Civil Veterinary Department. Central Provinces & Berar 1925-31 - 1925-1931
Year: 1925
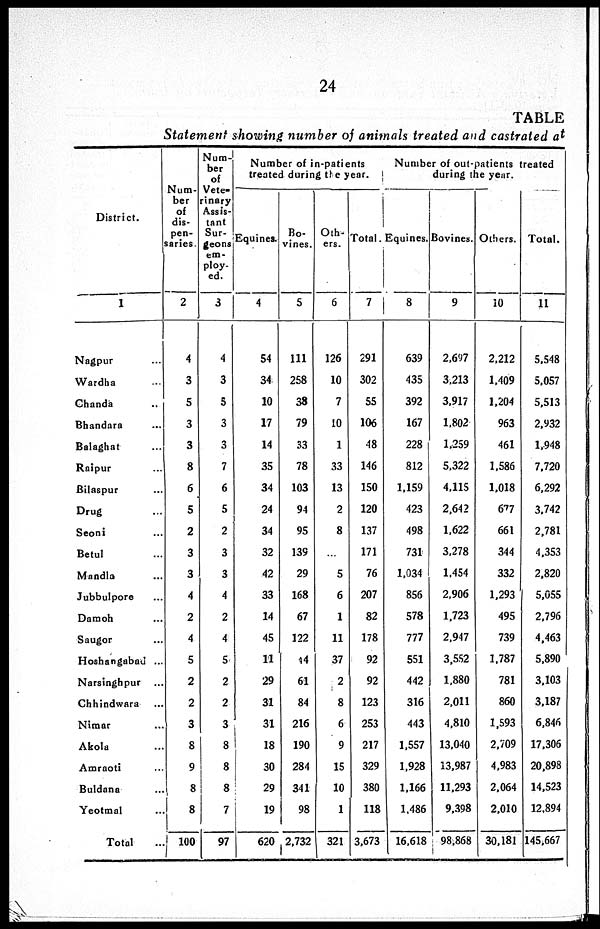
24
TABLE
Statement showing number of animals treated and castrated at
District.
1
Nagpur ..
Wardha ..
Chanda ..
Bhandara ..
Balaghat ..
Raipur ..
Bilaspur ..
Drug ..
Seoni ..
Betul ..
Mandla ..
Jubbulpore ..
Damoh ..
Saugor ..
Hoshangabad ...
Narsinghpur ..
Chhindwara ..
Nimar ..
Akola ..
Amraoti ..
Buldana ..
Yeotmal ..
Total ..
Num-
ber
of
dis-
pen-
saries.
2
4
3
5
3
3
8
6
5
2
3
3
4
2
4
5
2
2
3
8
9
8
8
100
Num-
ber
of
Vete-
rinary
Assis-
tant
Sur-
geons
em-
ploy-
ed.
3
4
3
5
3
3
7
6
5
2
3
3
4
2
4
5
2
2
3
8
8
8
7
97
Number of in-patients
treated during the year.
Equines.
4
54
34
10
17
14
35
34
24
34
32
42
33
14
45
11
29
31
31
18
30
29
19
620
Bo-
vines.
5
111
258
38
79
33
78
103
94
95
139
29
168
67
122
14
61
84
216
190
284
341
98
2,732
Oth-
ers.
6
126
10
7
10
1
33
13
2
8
...
5
6
1
11
37
2
8
6
9
15
10
1
321
Total.
7
291
302
55
106
48
146
150
120
137
171
76
207
82
178
92
92
123
253
217
329
380
118
3,673
Number of out-patients treated
during the year.
Equines.
8
639
435
392
167
228
812
1,159
423
498
731
1,034
856
578
777
551
442
316
443
1,557
1,928
1,166
1,486
16,618
Bovines.
9
2,697
3,213
3,917
1,802
1,259
5,322
4,115
2,642
1,622
3,278
1,454
2,906
1,723
2,947
3,552
1.880
2,011
4,810
13,040
13,987
11,293
9,398
98,868
Others.
10
2,212
1,409
1,204
963
461
1,586
1,018
677
661
344
332
1,293
495
739
1,787
781
860
1,593
2,709
4,983
2,064
2,010
30,181
Total.
11
5,548
5,057
5,513
2,932
1,948
7,720
6,292
3.742
2,781
4.353
2,820
5,055
2,796
4,463
5,890
3,103
3,187
6,846
17,306
20,898
14,523
12,894
145,667